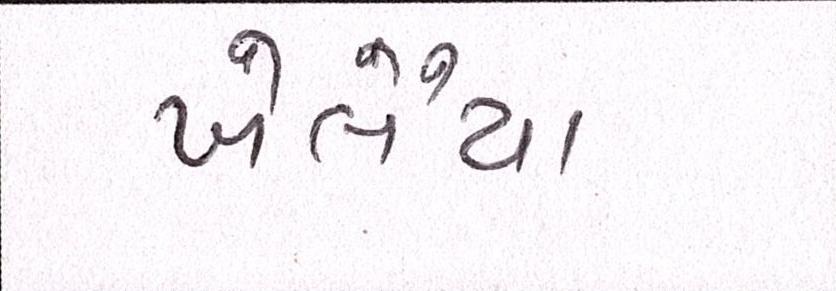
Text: ખેલૈયા